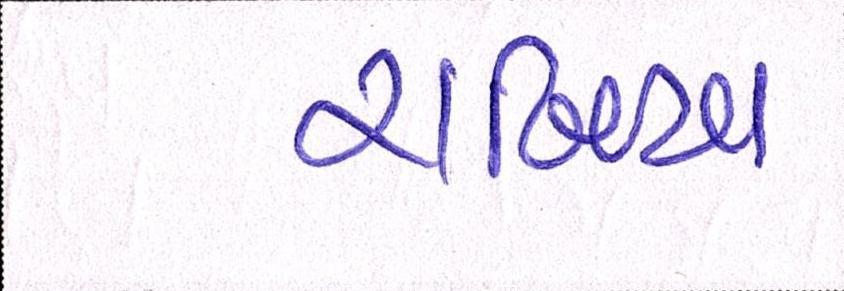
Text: રાબિયા